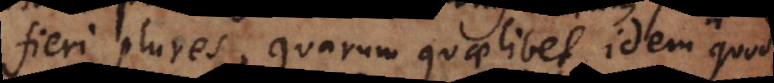
fieri plures, quarum quaelibet idem quod